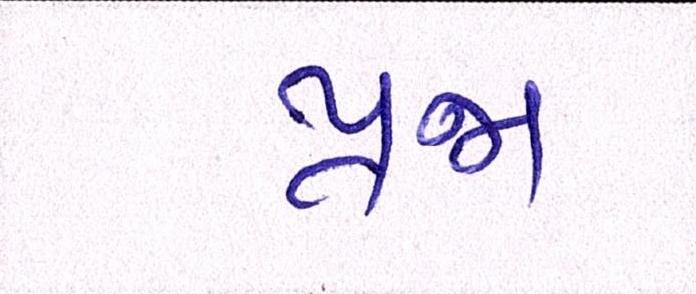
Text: પ્રજા